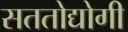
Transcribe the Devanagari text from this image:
सततोद्योगी